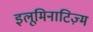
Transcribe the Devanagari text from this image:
इलूमिनाटिज़्म